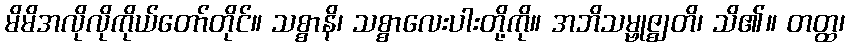
မိမိအလိုလိုကိုယ်တော်တိုင်။ သစ္စာနိ၊ သစ္စာလေးပါးတို့ကို။ အဘိသမ္ဗုဇ္ဈတိ၊ သိ၏။ တတ္ထ၊